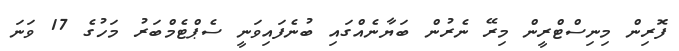
ފޮރިން މިނިސްޓްރީން މިރޭ ނެރުން ބަޔާނެއްގައި ބުނެފައިވަނީ ސެޕްޓެމްބަރު މަހުގެ 17 ވަނަ